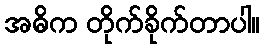
အဓိက တိုက်ခိုက်တာပါ။